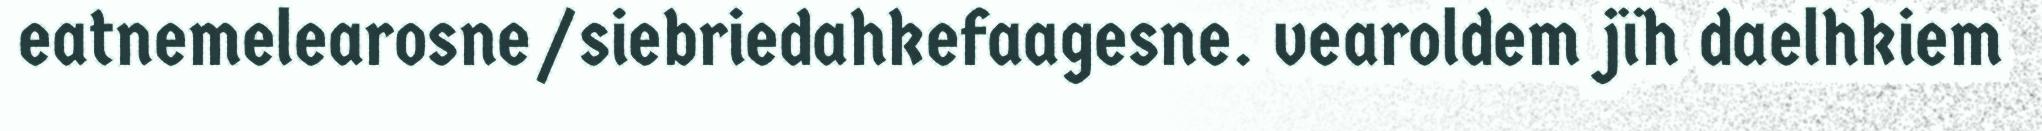
eatnemelearosne/siebriedahkefaagesne. vearoldem jïh daelhkiem